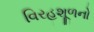
વિરહશૂળનો